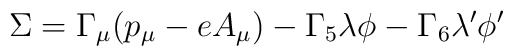
\Sigma = \Gamma_{\mu} (p_{\mu} - e A_{\mu}) - \Gamma_{5} \lambda \phi - \Gamma_{6} \lambda' \phi'